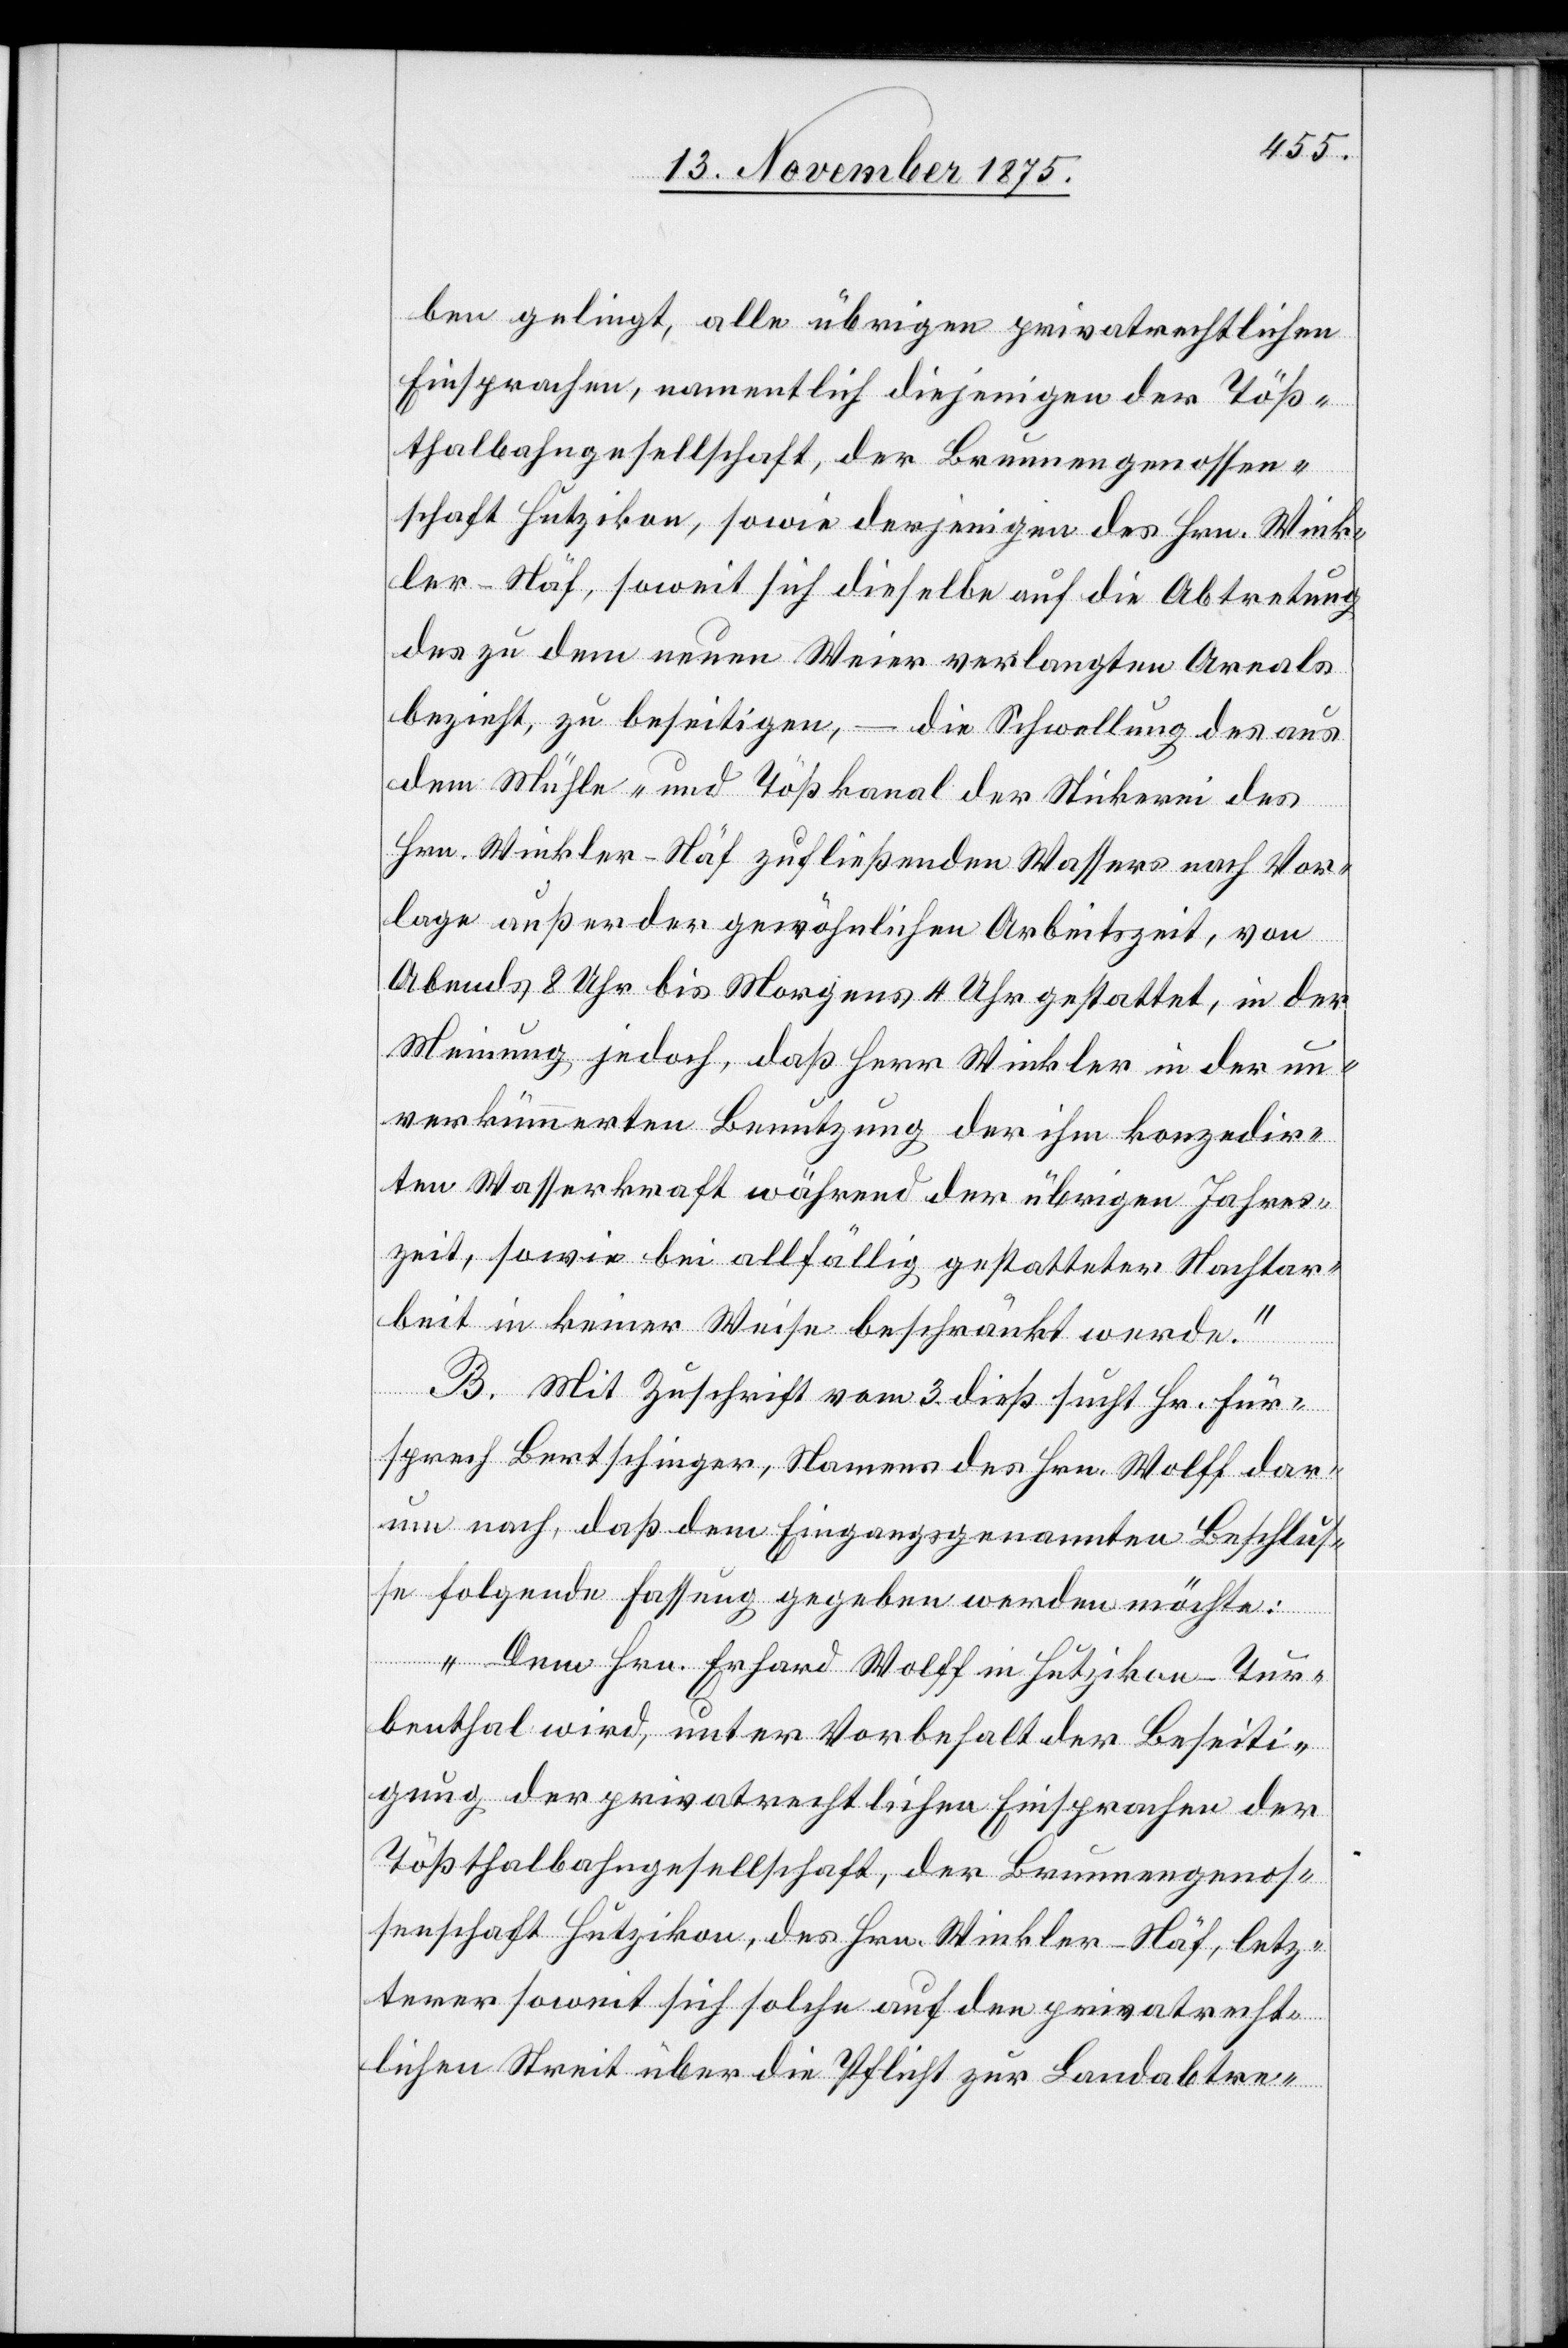
ben gelingt, alle übrigen privatrechtlichen
Einsprachen, namentlich diejenige der Töß¬
thalbahngesellschaft, der Brunnengenossen¬
schaft Hutzikon, sowie derjenigen des Hrn. Wink¬
ler-Näf, soweit sich dieselbe auf die Abtretung
des zu dem neuen Weier verlangten Areals
bezieht, zu beseitigen – die Schwellung des aus
dem Mühle- und Tößkanal der Stickerei des
Hrn. Winkler-Näf zufließenden Wassers nach Vor¬
lage außer der gewöhnlichen Arbeitszeit, von
Abends 8 Uhr bis Morgens 4 Uhr gestattet, in der
Meinung jedoch, daß Herr Winkler in der un¬
verkümmerten Benutzung der ihm konzedir¬
ten Wasserkraft während der übrigen Jahres¬
zeit, sowie bei allfällig gestatteter Nachtar¬
beit in keiner Weise beschränkt werde.“
B. Mit Zuschrift vom 3. dieß sucht Hr. Für¬
sprech Bertschinger, Namens des Hrn. Wolff dar¬
um nach, daß dem Eingangsgenannten Beschlus¬
se folgende Fassung gegeben werden möchte:
„Dem Hrn. Erhard Wolff in Hutzikon - Tur¬
benthal wird, unter Vorbehalt der Beseiti¬
gung der privatrechtlichen Einsprachen der
Tößthalbahngesellschaft, der Brunnengenos¬
senschaft Hutzikon, des Hrn. Winkler-Näf, letz¬
terer soweit sich solche auf den privatrecht¬
lichen Streit über die Pflicht zur Landabtre-